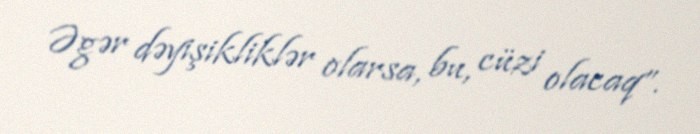
Əgər dəyişikliklər olarsa, bu, cüzi olacaq”.